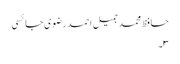
حافظ محمد جمیل احمد رضوی جائسی
۳۔